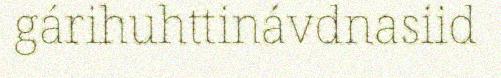
gárihuhttinávdnasiid